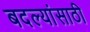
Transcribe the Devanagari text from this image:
बदल्यांसाठी